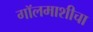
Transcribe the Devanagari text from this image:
गॉलमाशीचा